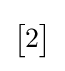
\left[{\begin{matrix}2\end{matrix}}\right]